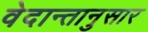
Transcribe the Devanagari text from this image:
वेदान्तानुसार